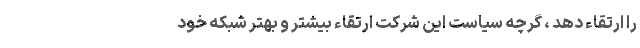
را ارتقاء دهد ، گرچه سیاست این شرکت ارتقاء بیشتر و بهتر شبکه خود